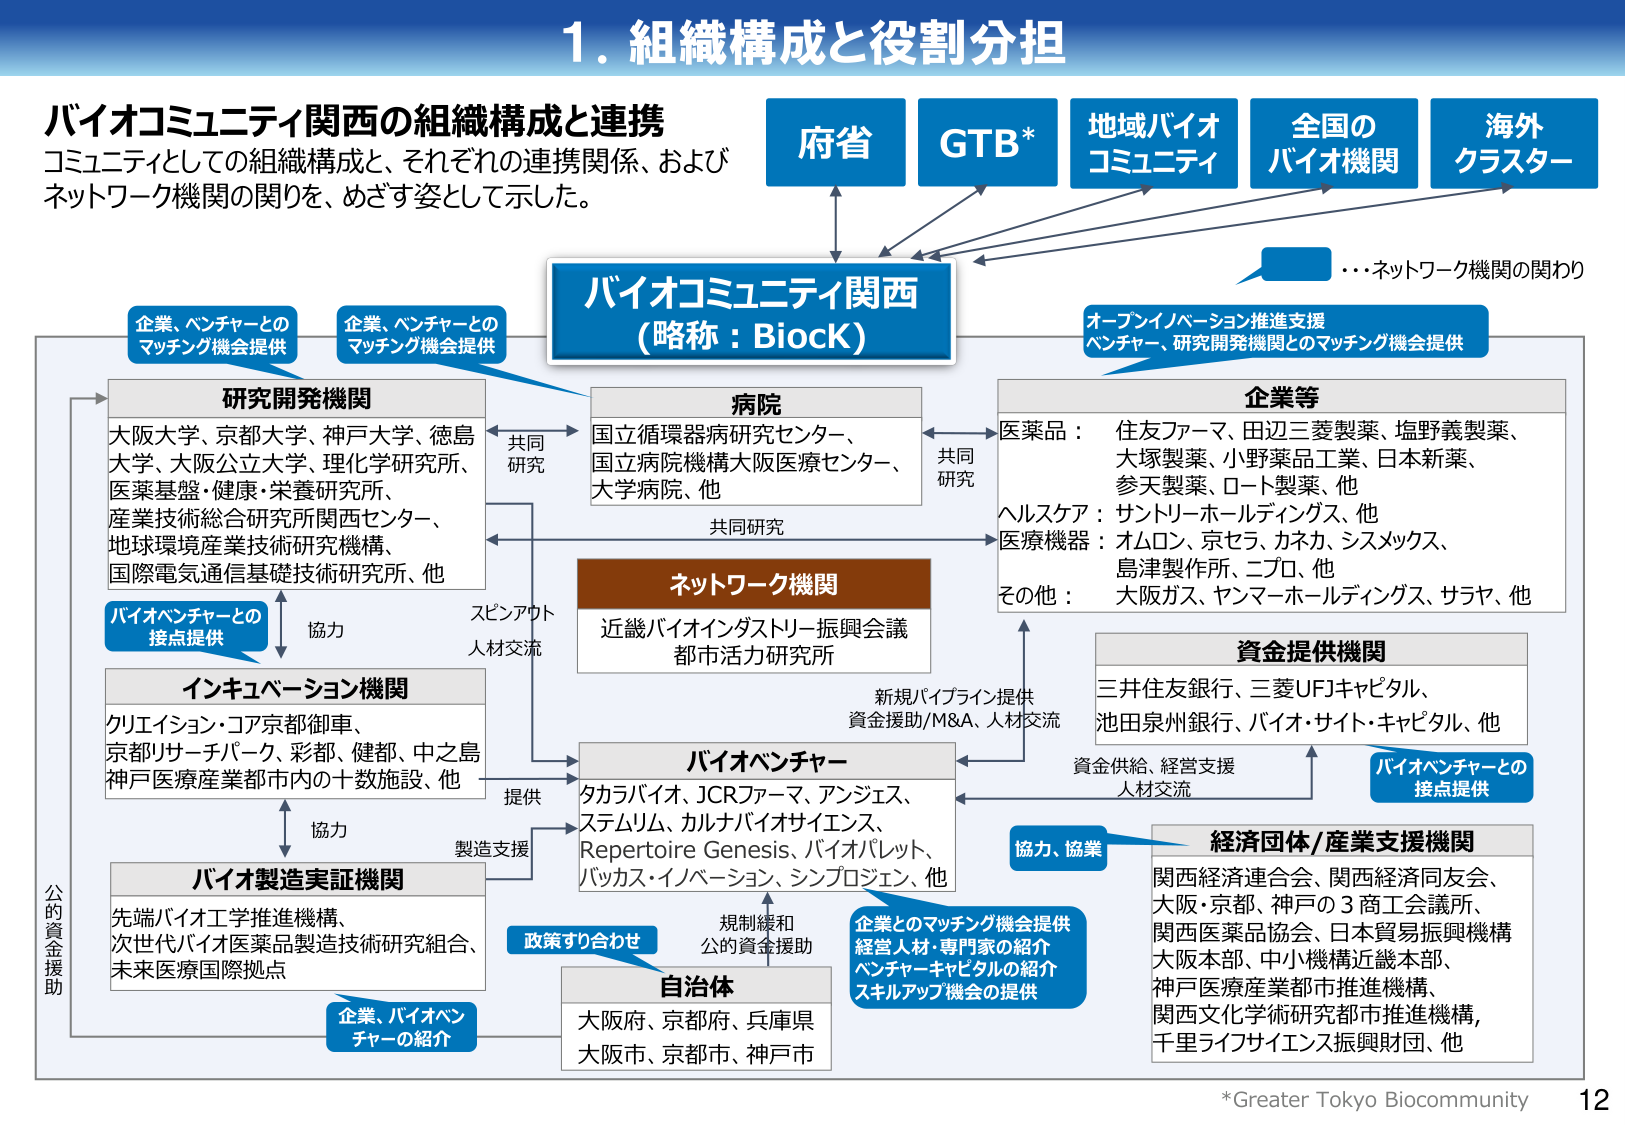
1. 組織構成と役割分担

バイオコミュニティ関西の組織構成と連携
コミュニティとしての組織構成と、それぞれの連携関係、および
ネットワーク機関の関わりを、めざす姿として示した。

府省
GTB*
地域バイオ
コミュニティ
全国の
バイオ機関
海外
クラスター

…ネットワーク機関の関わり

バイオコミュニティ関西
（略称：BioCK）

オープンイノベーション推進支援
ベンチャー、研究開発機関とのマッチング機会提供

研究開発機関
大阪大学、京都大学、神戸大学、徳島大学、大阪公立大学、理化学研究所、
医薬基盤・健康・栄養研究所、
産業技術総合研究所関西センター、
地球環境産業技術研究機構、
国際電気通信基礎技術研究所、他

病院
国立循環器病研究センター、
国立病院機構大阪医療センター、
大学病院、他

企業等
医薬品： 住友ファーマ、田辺三菱製薬、塩野義製薬、
大塚製薬、小野薬品工業、日本新薬、
参天製薬、ロート製薬、他
ヘルスケア： サントリーホールディングス、他
医療機器： オムロン、京セラ、カネカ、シスメックス、
島津製作所、ニプロ、他
その他： 大阪ガス、ヤンマーホールディングス、サヤ、他

共同研究
共同研究
共同研究

ネットワーク機関
近畿バイオインダストリー振興会議
都市活力研究所

インキュベーション機関
クリエイション・コア京都御車、
京都リサーチパーク、彩都、健都、中之島
神戸医療産業都市内の十数施設、他

バイオベンチャー
タカラバイオ、JCRファーマ、アンジェス、
ステムリム、カルナバイオサイエンス、
Repertoire Genesis、バイオパレット、
バッカス・イノベーション、シンプロジン、他

資金提供機関
三井住友銀行、三菱UFJキャピタル、
池田泉州銀行、バイオ・サイト・キャピタル、他

バイオ製造実証機関
先端バイオ工学推進機構、
次世代バイオ医薬品製造技術研究組合、
未来医療国際拠点

自治体
大阪府、京都府、兵庫県
大阪市、京都市、神戸市

経済団体/産業支援機関
関西経済連合会、関西経済同友会、
大阪・京都、神戸の３商工会議所、
関西医薬品協会、日本貿易振興機構
大阪本部、中小機構近畿本部、
神戸医療産業都市推進機構、
関西文化学術研究都市推進機構、
千里ライフサイエンス振興財団、他

企業、ベンチャーとの
マッチング機会提供
企業、ベンチャーとの
マッチング機会提供

バイオベンチャーとの
接点提供

協力
スピンアウト
人材交流

提供
製造支援

新規パイプライン提供
資金援助/M&A、人材交流

資金供給、経営支援
人材交流

協力、協業

企業とのマッチング機会提供
経営人材・専門家の紹介
ベンチャーキャピタルの紹介
スキルアップ機会の提供

政策すり合わせ
規制緩和
公的資金援助

公的資金援助

企業、バイオベンチャーの紹介

*Greater Tokyo Biocommunity
12